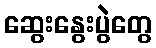
ဆွေးနွေးပွဲတွေ